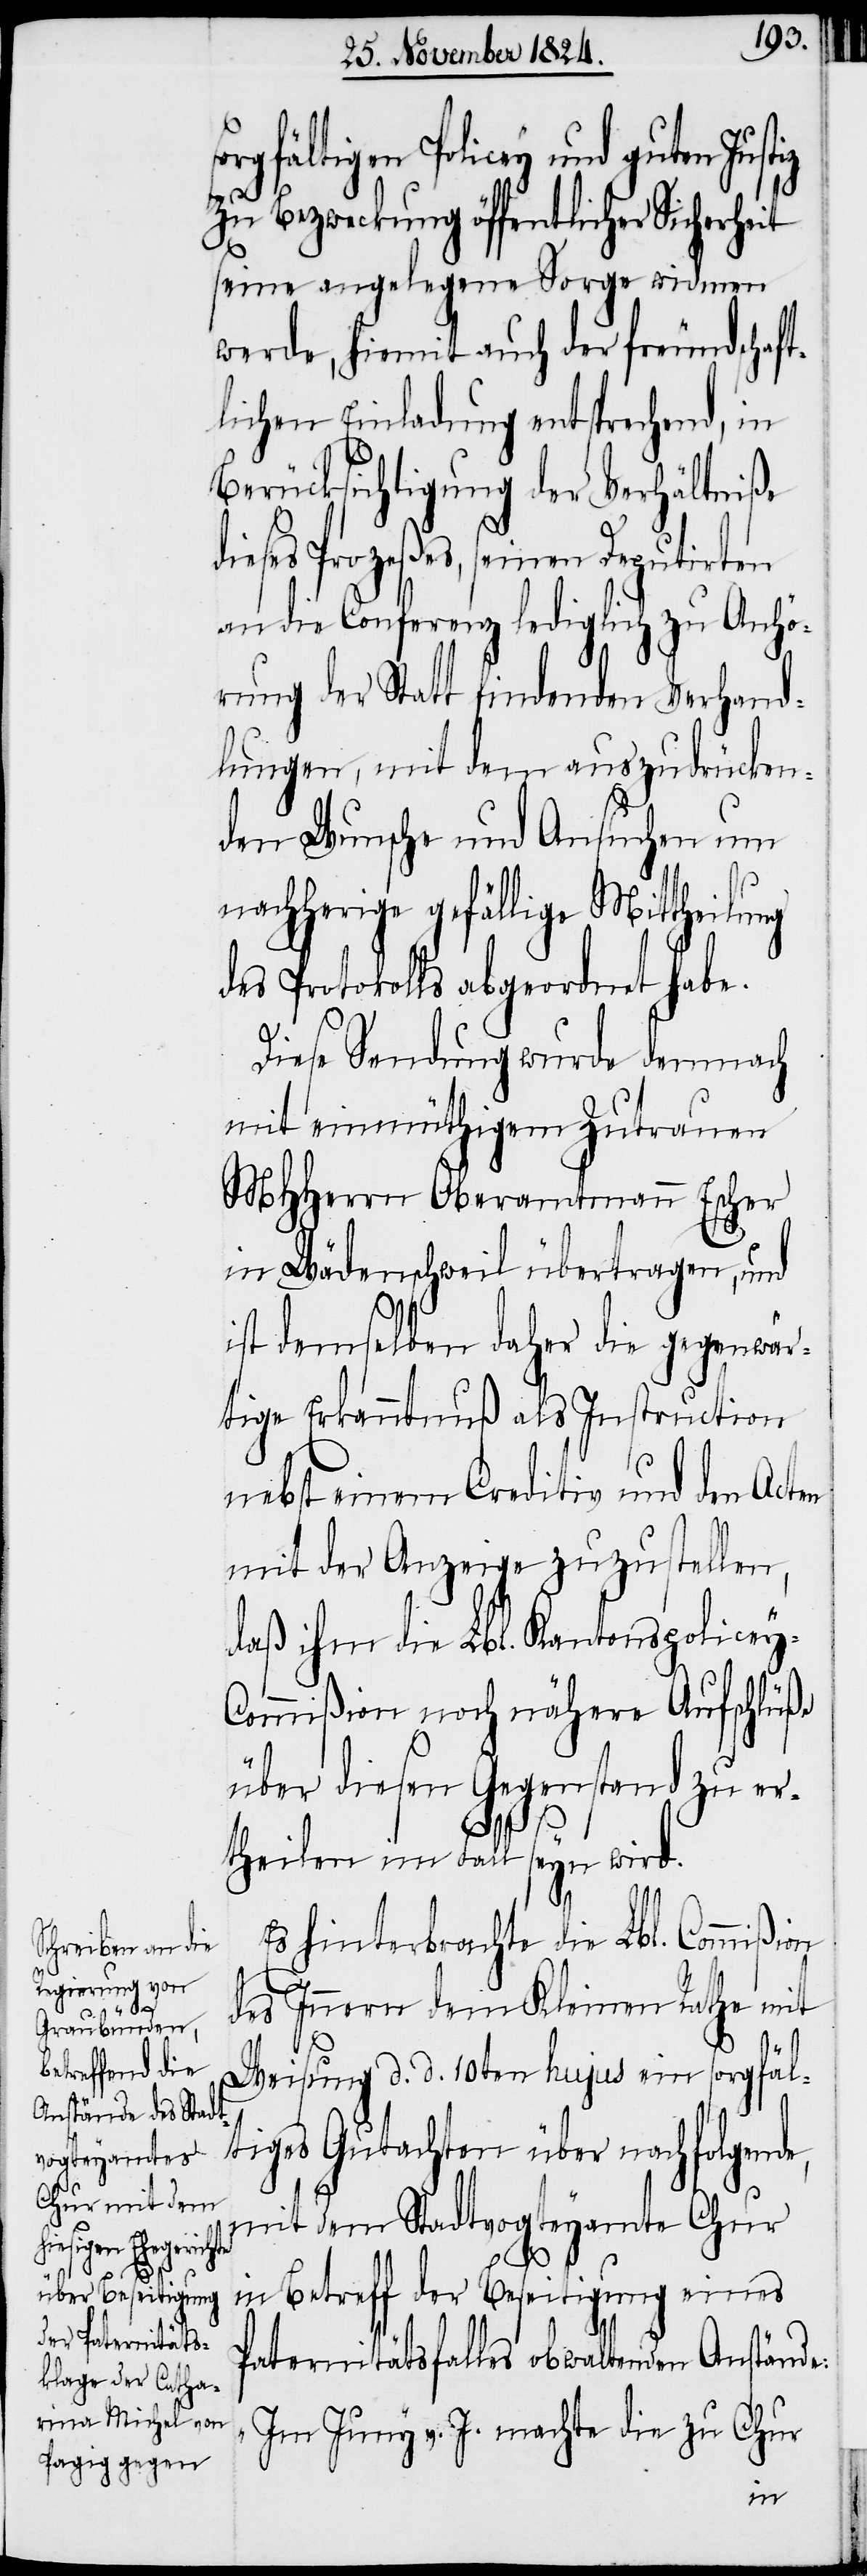
y-C¬

gfältigen Policey und guten
zu Bezweckung öffentlicher Sicherheit
seine angelegene Sorge widmen
werde, hiermit auch der freundschaft¬
lichen Einladung entsprechend, in
Berücksichtigung der Verhältniße
dieses Prozeßes, seinen Deputirten
an die Conferenz lediglich zu Anhö¬
rung der Statt findenden Verhand¬
lungen, mit dem auszudrücken¬
den Wunsche und Ansuchen um
nachherige gefällige Mittheilung
des Protokolls abgeordnet habe.
Diese Sendung wurde demnach
mit einmüthigem Zutrauen
MHHerrn Oberamtmann Escher
in Wädenschweil übertragen, und
ist demselben daher die gegenwär¬
tige Erkanntnuß als Instruction
nebst einem Creditiv und den Acten
mit der Anzeige zuzustellen,
daß ihm die Lbl. Kantons-Police¬
ommißion noch nähere Aufschlüße
über diesen Gegenstand zu er¬
theilen im Fall seyn wird.
Es hinterbrachte die Lbl. Commißion
des Innern dem Kleinen Rathe mit
Weisung d. d. 10ten hujus ein sorgfäl¬
tiges Gutachten über nachfolgend¬
mit dem Stadtvogteyamte Chur
e,
in Betreff der Beseitigung eines
Paternitätsfalles obwaltenden Anstände:
„Im Juny v. J. machte die zu Chur